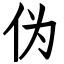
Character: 伪